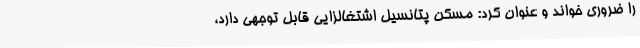
را ضروری خواند و عنوان کرد: مسکن پتانسیل اشتغالزایی قابل توجهی دارد،